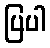
ပြပါ